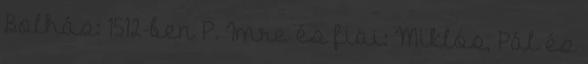
Bolhás: 1512-ben P. Imre és fiai: Miklós, Pál és